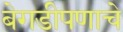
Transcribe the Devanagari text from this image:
बेगडीपणाचे